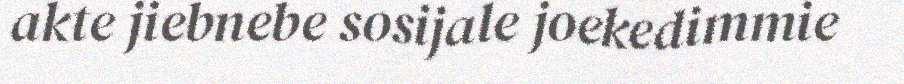
akte jiebnebe sosijale joekedimmie